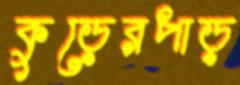
কুড়েরপাড়